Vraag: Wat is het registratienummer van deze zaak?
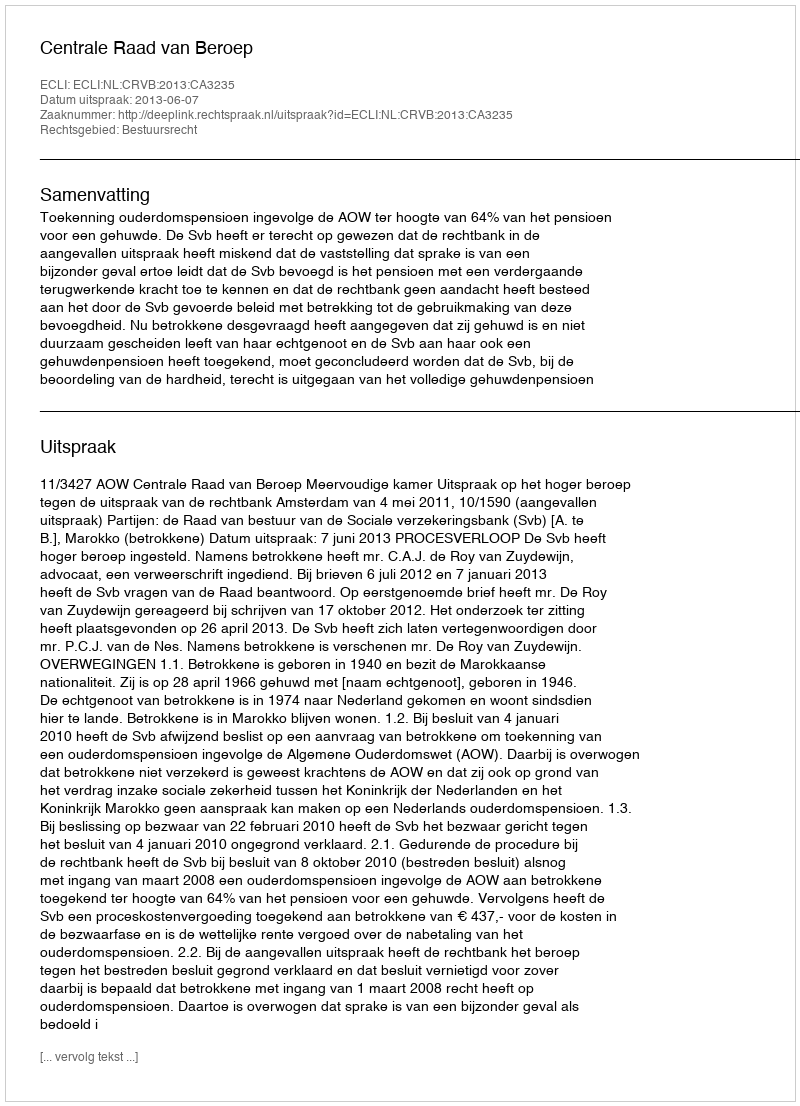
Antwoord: http://deeplink.rechtspraak.nl/uitspraak?id=ECLI:NL:CRVB:2013:CA3235